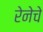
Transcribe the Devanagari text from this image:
रेनेचे